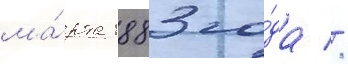
ма́рта 1883 го́да //